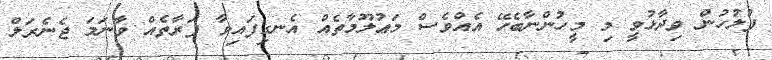
ފުލުހުން ވިދާޅުވީ މި މީހުންނާބެހޭ އެއްވެސް މަޢުލޫމާތެއް އެނގިފައިވާ ފަރާތެއް ވާނަމަ ޖެނެރަލް